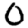
Digit: 0